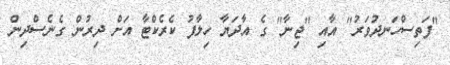
"ފަތިސްހަނދުވަރު" އާއި "ޖިނާ" ގެ އާދަޔާ ހިލާފު ކެރެކްޓާ އަށް ދިރުން ގެނެސްދިން